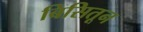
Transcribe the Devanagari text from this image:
बिसितून